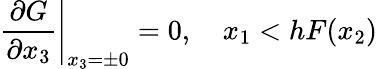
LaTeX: \left.\frac{\partial G}{\partial x_{3}}\right|_{x_{3}=\pm 0}=0,\quad x_{1}<hF(x_{2})